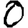
Digit: 0